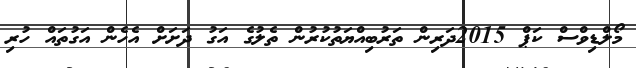
މޯލްޑިވްސް ކަޕް 2015ދަރިން ތަރުބިއްޔަތުކުރުން ތެލުގެ އަގު ދަށަށް އެހެން އަގުތައް ހުރި